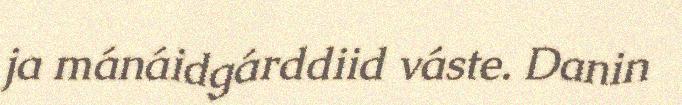
ja mánáidgárddiid váste. Danin